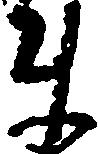
ま